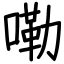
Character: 嘞